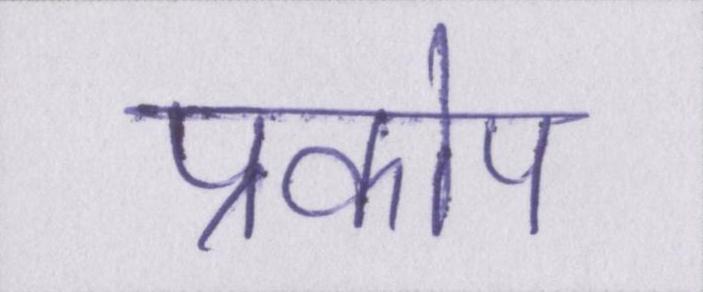
प्रकोप